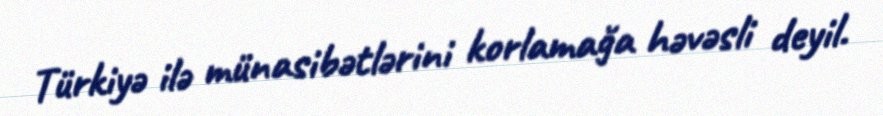
Türkiyə ilə münasibətlərini korlamağa həvəsli deyil.